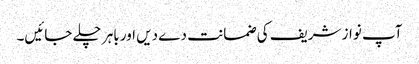
آپ نواز شریف کی ضمانت دے دیں اور باہر چلے جائیں۔